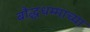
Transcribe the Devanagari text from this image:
बौद्धधम्माच्या